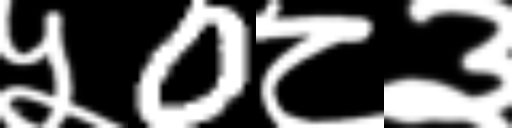
Text: ५0८३